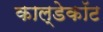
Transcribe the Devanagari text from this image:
काल्डेकॉट